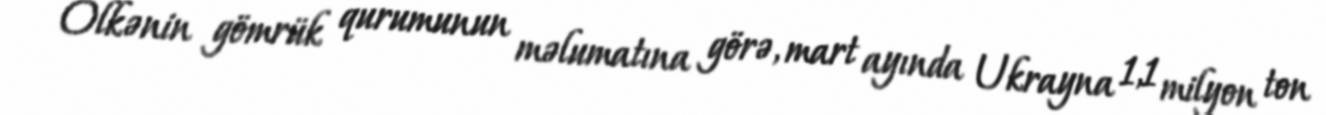
Ölkənin gömrük qurumunun məlumatına görə, mart ayında Ukrayna 1,1 milyon ton